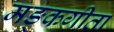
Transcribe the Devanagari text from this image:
मङ्कगीता